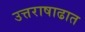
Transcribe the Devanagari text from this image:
उत्तराषाढात